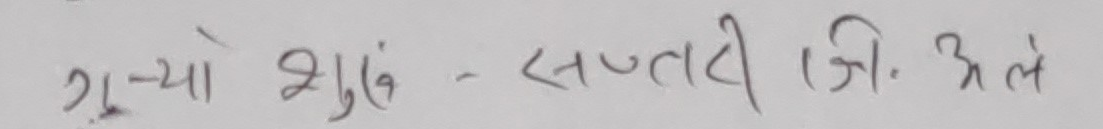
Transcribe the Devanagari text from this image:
२६ श्लुं - सप्तरी जि. अ ले